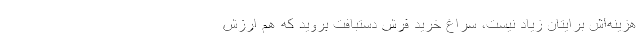
هزینه‌اش برایتان زیاد نیست، سراغ خرید فرش دستبافت بروید که هم ارزش